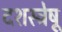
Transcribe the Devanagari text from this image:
दशस्त्रेषू